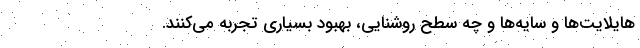
هایلایت‌ها و سایه‌ها و چه سطح روشنایی، بهبود بسیاری تجربه می‌کنند.